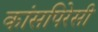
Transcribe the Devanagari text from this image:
कांसपिरेसी